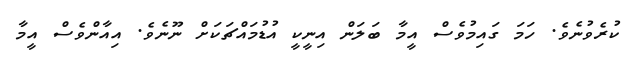
ކުރެވުނެވެ. ހަމަ ގައިމުވެސް އީމާ ބަލަން އިނީކީ އުޑުމައްޗަކަށް ނޫނެވެ. އިއާންވެސް އީމާ